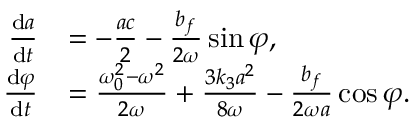
\begin{array} { r l } { \frac { \mathrm { d } a } { \mathrm { d } t } } & { = - \frac { a c } { 2 } - \frac { b _ { f } } { 2 \omega } \sin \varphi , } \\ { \frac { \mathrm { d } \varphi } { \mathrm { d } t } } & { = \frac { \omega _ { 0 } ^ { 2 } - \omega ^ { 2 } } { 2 \omega } + \frac { 3 k _ { 3 } a ^ { 2 } } { 8 \omega } - \frac { b _ { f } } { 2 \omega a } \cos \varphi . } \end{array}